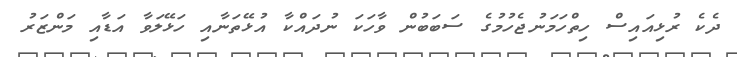
ދެކެ ރުޅިއައިސް ހިތްހަމަނުޖެހުމުގެ ސަބަބުން ވާހަކަ ނުދައްކާ އުޅޭތަނާއި ހަޅޭލަވާ އަޑާއި މަންޒަރު